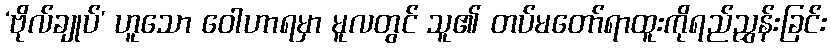
‘ဗိုလ်ချုပ်’ ဟူသော ဝေါဟာရမှာ မူလတွင် သူ၏ တပ်မတော်ရာထူးကိုရည်ညွှန်းခြင်း